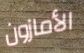
الأمازون